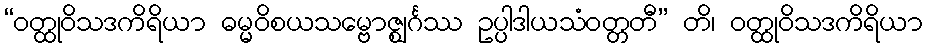
“ဝတ္ထုဝိသဒကိရိယာ ဓမ္မဝိစယသမ္ဗောဇ္ဈင်္ဂဿ ဥပ္ပါဒါယသံဝတ္တတီ” တိ၊ ဝတ္ထုဝိသဒကိရိယာ